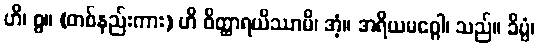
ဟိ၊ စွ။ (တစ်နည်းကား) ဟိ ဝိတ္ထာရယိဿာမိ၊ အံ့။ အရိယမဂ္ဂေါ၊ သည်။ ခိပ္ပံ၊